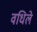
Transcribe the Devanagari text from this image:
वधिले